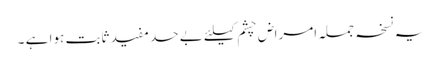
یہ نسخہ جملہ امراض چشم کیلئے بے حد مفید ثابت ہوا ہے ۔